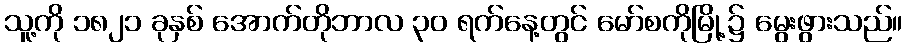
သူ့ကို ၁၈၂၁ ခုနှစ် အောက်တိုဘာလ ၃၀ ရက်နေ့တွင် မော်စကိုမြို့၌ မွေးဖွားသည်။